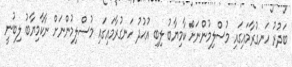
ބަދުރު ހަނގުރާމައިގައި މުސްލިމުންނަށް ކާމިޔާބު ލިބި އުޙުދު ހަނގުރާމައިގައި މުސްލިމުންނަށް ނާކާމިޔާބު ލިބުނީ